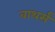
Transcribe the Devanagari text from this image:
बाथर्स